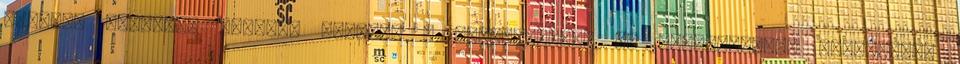
kettős: Egyrészt jelenti azoknak a műveleteknek az összességét, amelyekkel